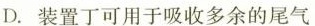
D.装置丁可用于吸收多余的尾气